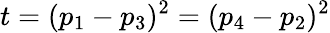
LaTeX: t=(p_{1}-p_{3})^{2}=(p_{4}-p_{2})^{2}